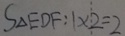
S \Delta E D F : 1 \times 2 = 2